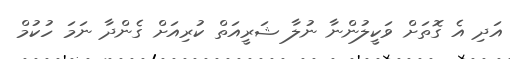
އަދި އެ ގޮތަށް ވަކީލުންނާ ނުލާ ޝަރީއަތް ކުރިއަށް ގެންދާ ނަމަ ހުކުމް